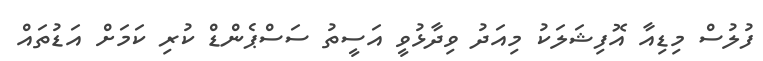
ފުލުސް މިޑިއާ އޮފިޝަލަކު މިއަދު ވިދާޅުވީ އަސީތު ސަސްޕެންޑް ކުރި ކަމަށް އަޑުތައް